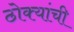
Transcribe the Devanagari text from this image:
ठोक्यांची